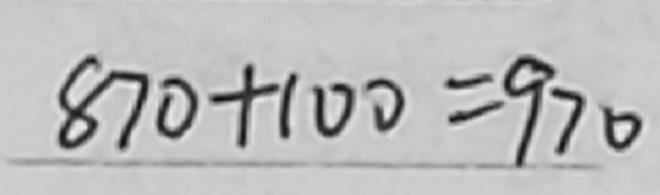
8 7 0 + 1 0 0 = 9 7 0